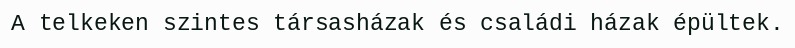
A telkeken szintes társasházak és családi házak épültek.